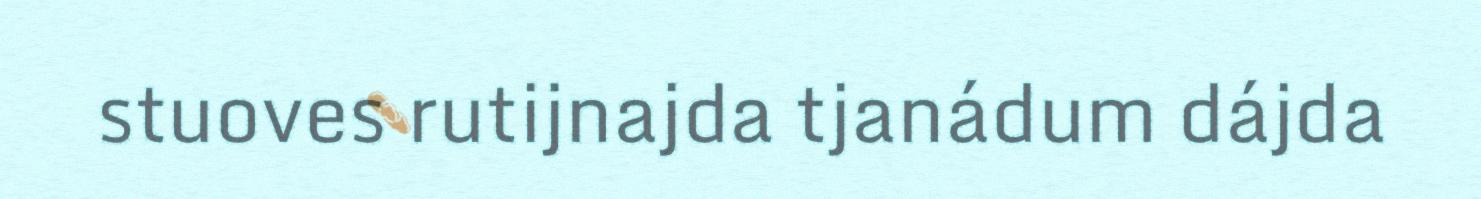
stuoves rutijnajda tjanádum dájda